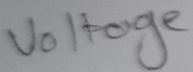
Text: Voltage